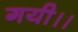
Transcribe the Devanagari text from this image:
गयी।।